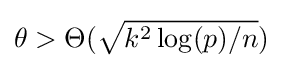
\theta >\Theta ({\sqrt {k^{2}\log(p)/n}})